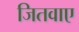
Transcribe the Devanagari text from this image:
जितवाए